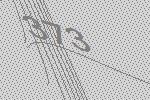
373